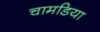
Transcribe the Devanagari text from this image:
चामडिया